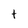
Character: t